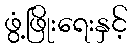
ဖွံ့ဖြိုးရေးနှင့်